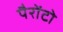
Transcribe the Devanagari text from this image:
पैरोंटो